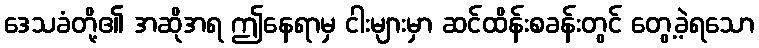
ဒေသခံတို့၏ အဆိုအရ ဤနေရာမှ ငါးများမှာ ဆင်ထိန်းစခန်းတွင် တွေ့ခဲ့ရသော